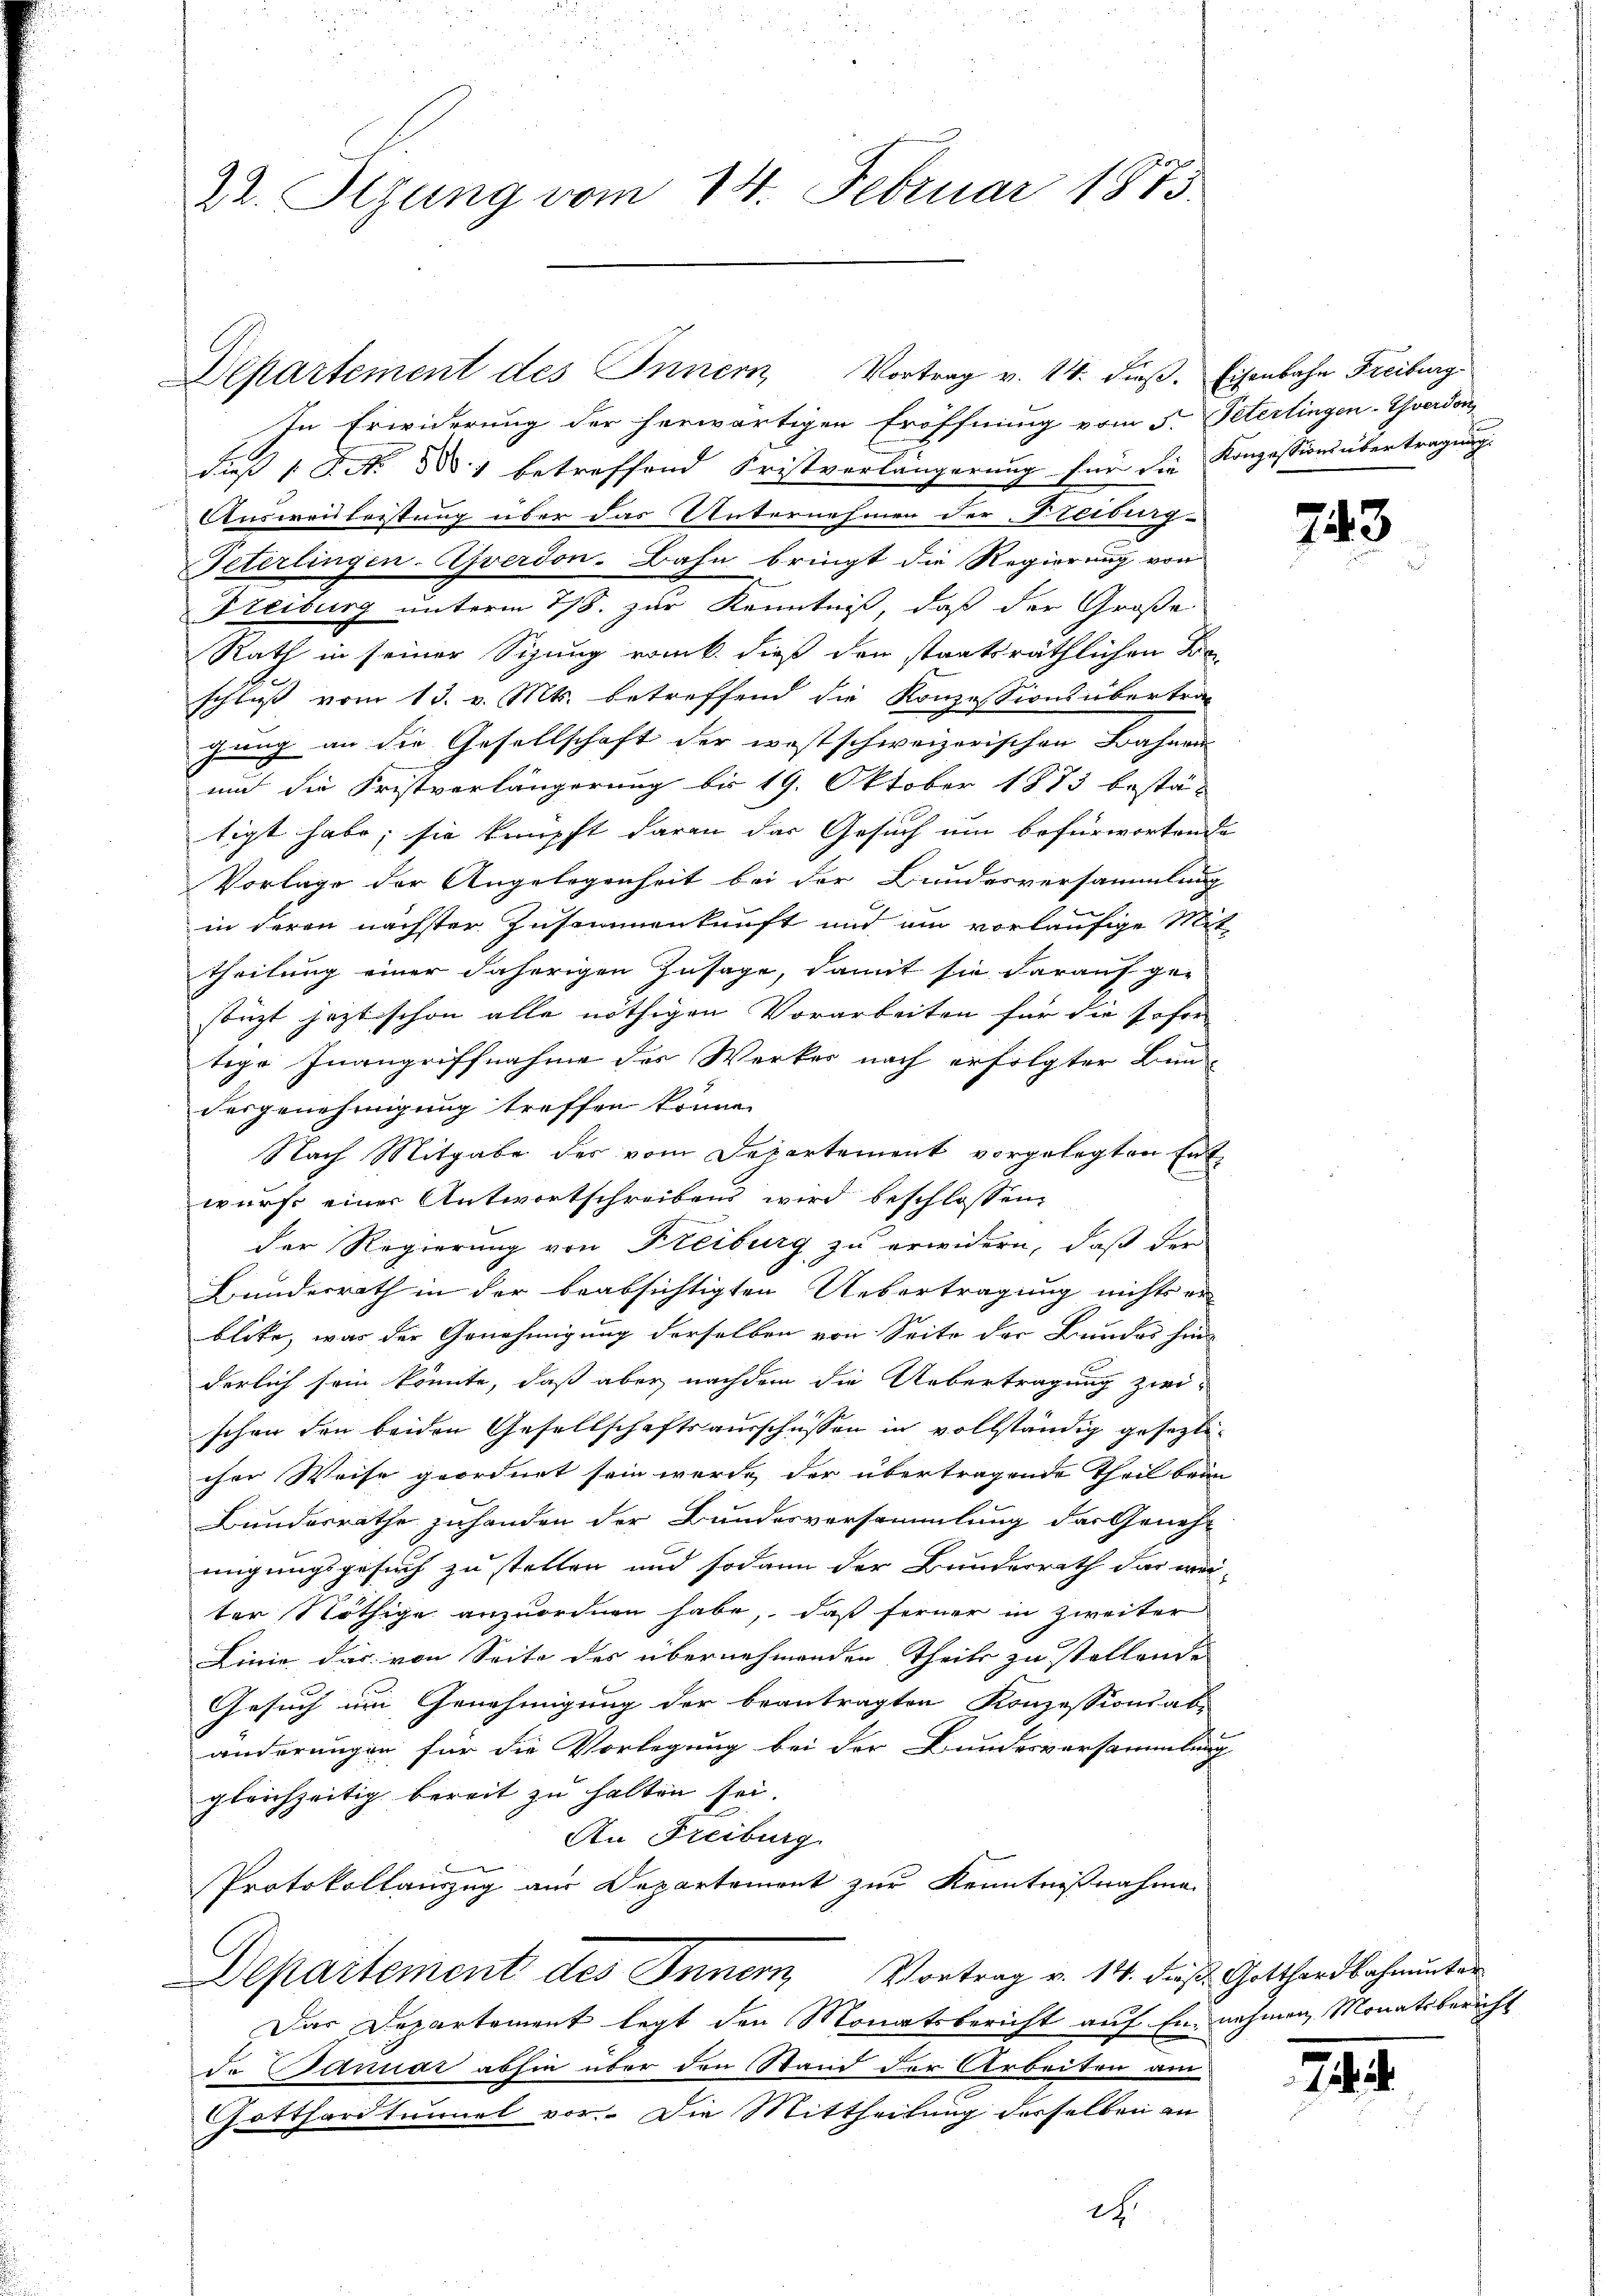
22. Sizung vom 14. Februar 1873.

Departement des Innern Vortrag v. 14. dieβ. Eisenbahn Freiburg

In Erwiderung der herwärtigen Eröffnung vom 5. Peterlingen-Yverdon,
dieß 1 S. N. N. 1 betreffend Fristverlängerung für die Konzessions übertragung
Ausweisleitung über das Unternehmen der Treiburg
Peterlingen-Gverdon-Bahn bringt die Regierung von
Freiburg unterm 18. zur Kenntniß, daß der Große
Rath in seiner Sizung rank dieß den staatsräthlichen Be-
schluß vom 13. v. Mts. betreffend die Konzessionsübertrag
gung an die Gesellschaft der westschweizerischen Bahnen
un die Fristvorlängerung bis 19. Oktober 1873 bestä-
tigt habe; sie knüpft daran das Gesuch um befürwortende
Vorlage der Angelegenheit bei der Bundesversammlung
in deren nächster Zusammenkunft und um vorläufige Mit-
theilung einer daherigen Zusage, damit sie darauf ge-
stüzt jezt schon alle nöthigen Vorarbeiten für die sofer
tige Inangriffnahme des Werker nach erfolgter Bun-
desgenehmigung treffen könne.
Nach Mitgabe des vom Departement vorgelegten Ent-
wurf einer Antwortschreibens wird beschlossen:
der Regierung von Freiburg zu erwidern, daß der
Bundesrath in der beabsichtigten Uebertragung nichts er-
blite, was der Genehmigung derselben von Seite der Bundes hin
derlich sein könnte, daß aber nachdem die Uebertragung zwei-
schen den beiden Gesellschaftsausschüssen in vollständig gesezlicher Weise geordnet sein werde, der übertragende Theil beim
Bundesrathe zuhanden der Bundesversammlung der Genehmigungsgesuch zu stellen und sodann der Bunderrath das wä-
ter Nöthige anzuordnen habe, daß ferner in Zweiter
Linie das von Seite des übernehmenden Theils zu stellende
Gesuch um Genehmigung der beantragten Konzessionsab-
änderungen für die Vorlegung bei der Bundesversammlung
gleichzeitig bereit zu halten sei.
An Freiburg.
Protokollauszug aus Departement zur Kenntnißnahme
Departement des Innern Vortrag v. 14. dieß Gotthardbahmunter
Das Departement legt den Monatsbericht auf Ennehmen, Monatsbericht
de Januar abhin über den Stand der Arbeiten an-
Gotthardtunnel vor. Die Mittheilung derselben an
2h.

743

21. d.